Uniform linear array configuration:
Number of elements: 48
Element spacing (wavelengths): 0.25
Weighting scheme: kaiser
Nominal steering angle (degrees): -45
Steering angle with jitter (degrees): -45.874
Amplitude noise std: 0.05
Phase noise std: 0.05

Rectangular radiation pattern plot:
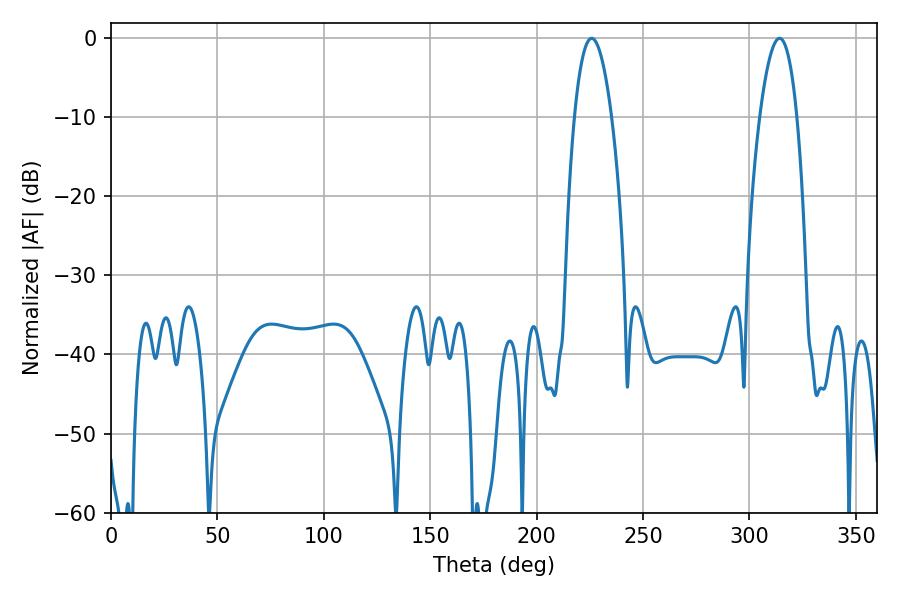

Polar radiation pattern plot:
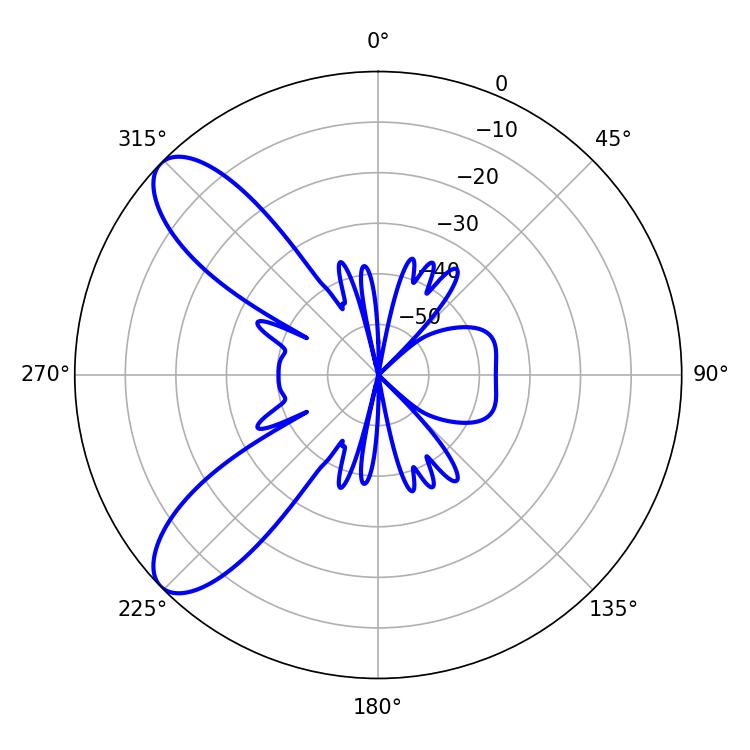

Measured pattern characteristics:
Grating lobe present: FALSE
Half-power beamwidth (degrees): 9.72
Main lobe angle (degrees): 225.9